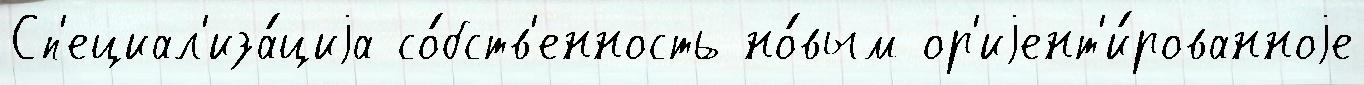
Сп'ециал'иза́циjа со́бств'енность но́вым ор'иjент'и́рованноjе